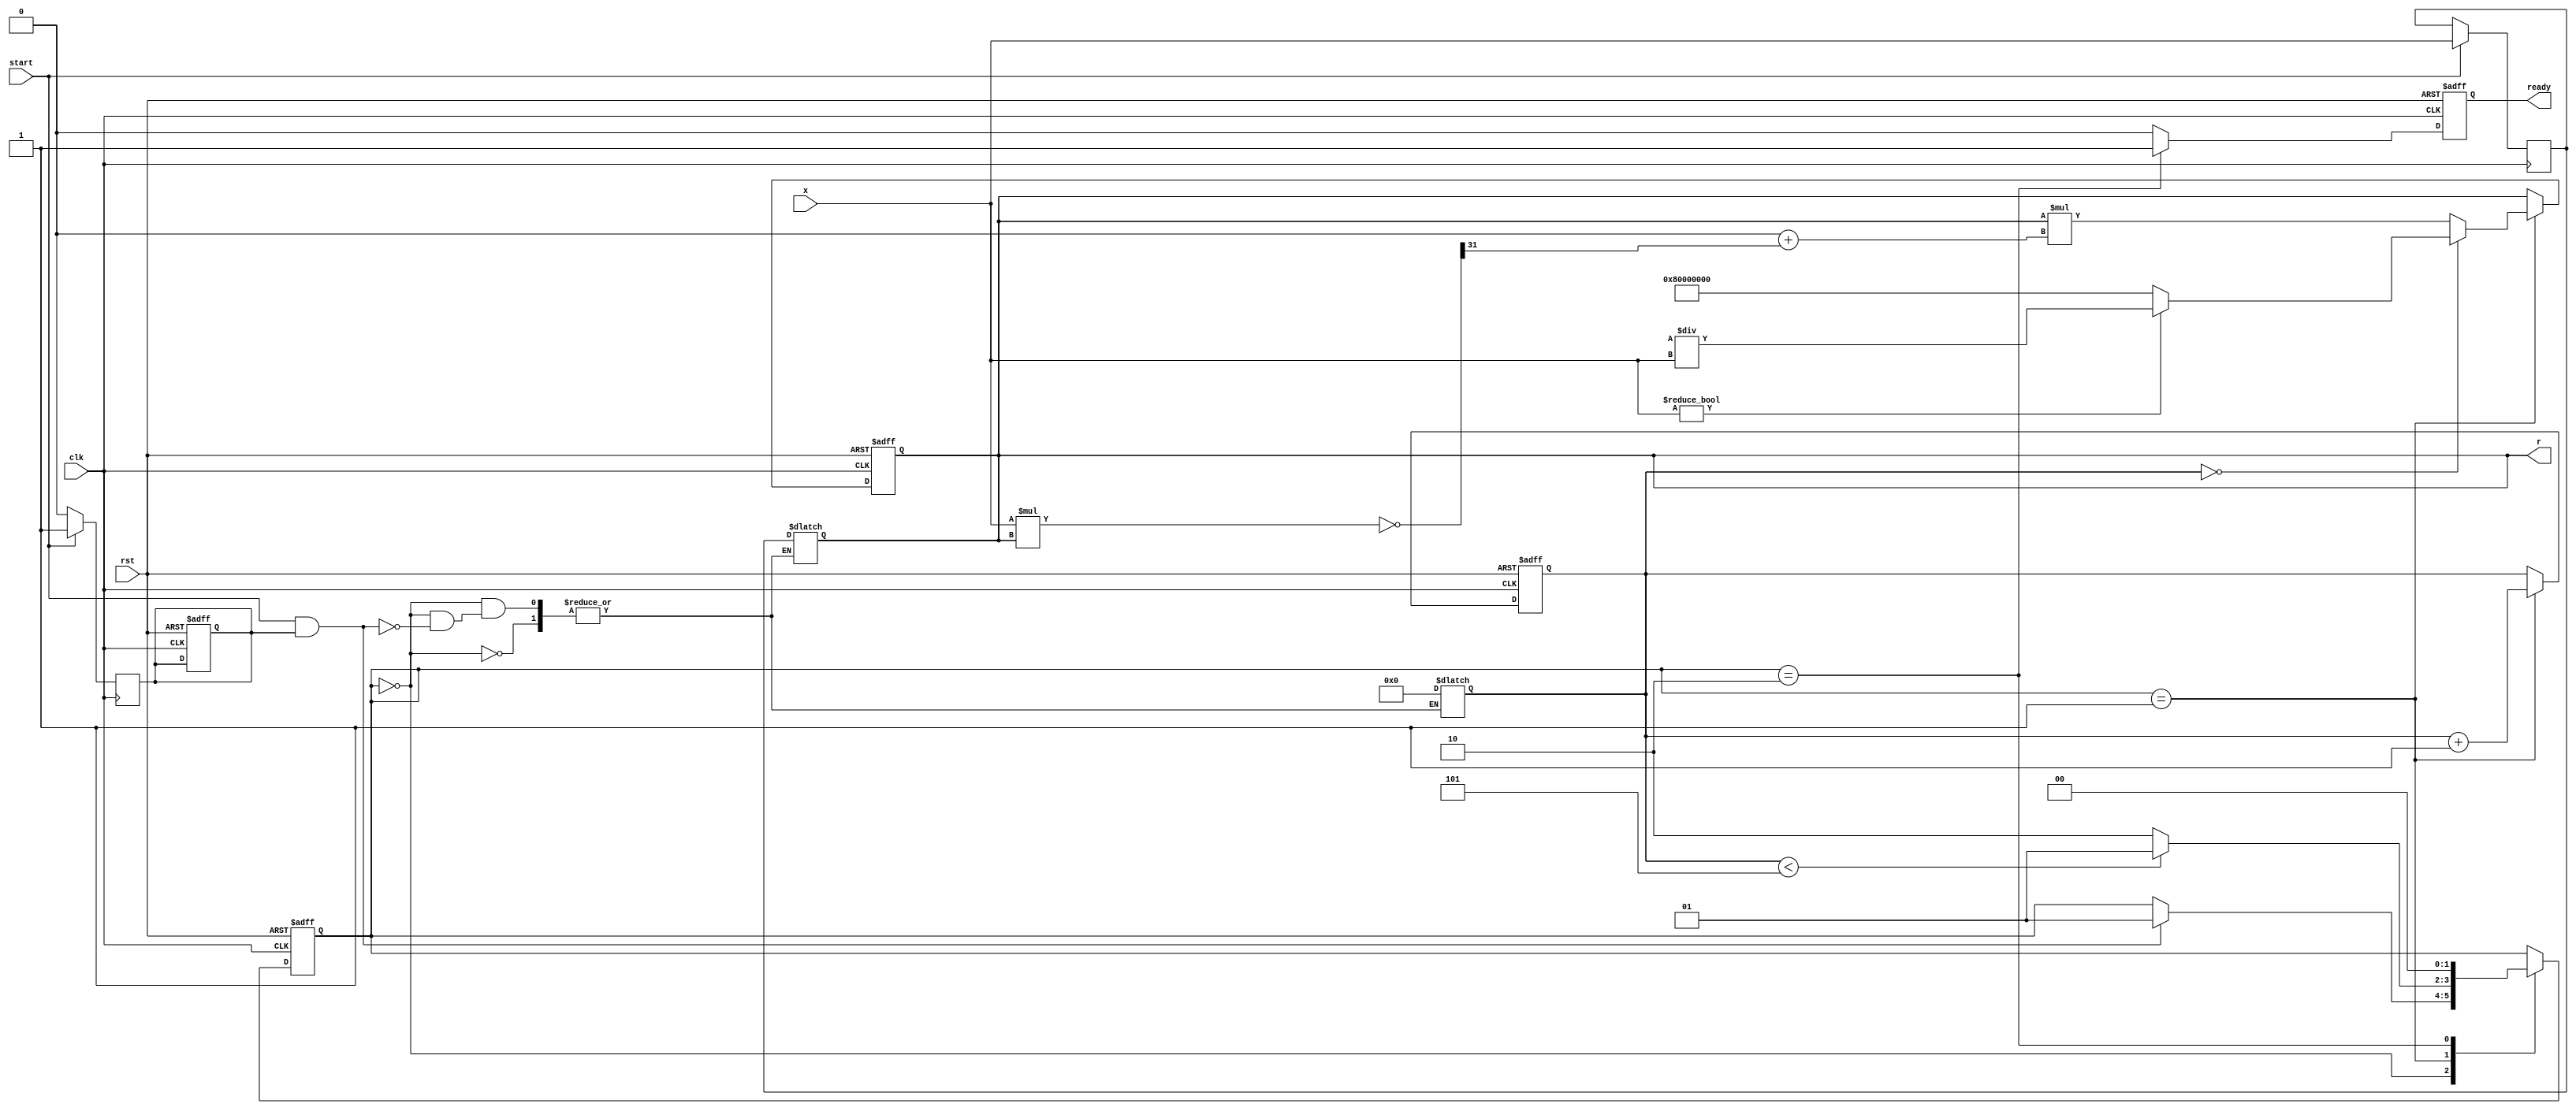
module ReciprocalUnit #(
    parameter WIDTH = 32, // Width of input and output
    parameter ITERATIONS = 5 // Number of iterations for Newton-Raphson
)(
    input wire clk,
    input wire rst,
    input wire start,
    input wire [WIDTH-1:0] x,
    output reg [WIDTH-1:0] r,
    output reg ready
);

    reg [WIDTH-1:0] r_n; // Next value of r
    reg [WIDTH-1:0] x_inv; // Inverse of x
    reg [3:0] count; // Iteration counter
    reg valid; // Valid signal for input

    // State machine for control
    localparam IDLE = 2'b00,
               COMPUTE = 2'b01,
               DONE = 2'b10;
    reg [1:0] state, next_state;

    // Initial state and reset logic
    always @(posedge clk or posedge rst) begin
        if (rst) begin
            state <= IDLE;
            r <= 0;
            ready <= 0;
            count <= 0;
            valid <= 0;
        end else begin
            state <= next_state;
            if (state == COMPUTE) begin
                r <= r_n; // Update r with the next value
                count <= count + 1; // Increment iteration counter
            end
            if (state == DONE) begin
                ready <= 1; // Signal that the result is ready
            end else begin
                ready <= 0; // Reset ready signal
            end
        end
    end

    // State transition logic
    always @(*) begin
        next_state = state;
        case (state)
            IDLE: begin
                if (start && valid) begin
                    next_state = COMPUTE;
                    count = 0; // Reset counter
                    r = x_inv; // Initialize r with an initial guess
                end
            end
            COMPUTE: begin
                if (count < ITERATIONS) begin
                    next_state = COMPUTE; // Continue computing
                end else begin
                    next_state = DONE; // Move to done state
                end
            end
            DONE: begin
                next_state = IDLE; // Go back to idle
            end
        endcase
    end

    // Reciprocal calculation using Newton-Raphson method
    always @(*) begin
        if (state == COMPUTE) begin
            if (count == 0) begin
                // Initial guess: r0 = 1/x
                if (x != 0) begin
                    r_n = (1 << WIDTH) / x; // Fixed-point division
                end else begin
                    r_n = {1'b1, {WIDTH-1{1'b0}}}; // Handle division by zero (return infinity)
                end
            end else begin
                // Newton-Raphson iteration: r(n+1) = r(n) * (2 - x * r(n))
                r_n = r * ((1 << WIDTH) + (~(x * r) >> (WIDTH - 1))); // Fixed-point multiplication
            end
        end else begin
            r_n = r; // Hold value
        end
    end

    // Input handling
    always @(posedge clk) begin
        if (start) begin
            valid <= 1; // Input is valid when start is asserted
            x_inv <= x; // Store input
        end else begin
            valid <= 0; // Reset valid signal
        end
    end

endmodule